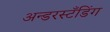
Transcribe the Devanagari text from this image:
अन्डरस्टँडिंग